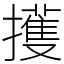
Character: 擭